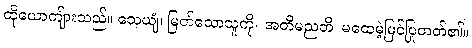
ထိုယောကျ်ားသည်။ သေယျံ၊ မြတ်သောသူကို။ အတိမညတိ၊ မထေမဲ့မြင်ပြုတတ်၏။